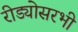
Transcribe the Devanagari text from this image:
रीड्योसरभी